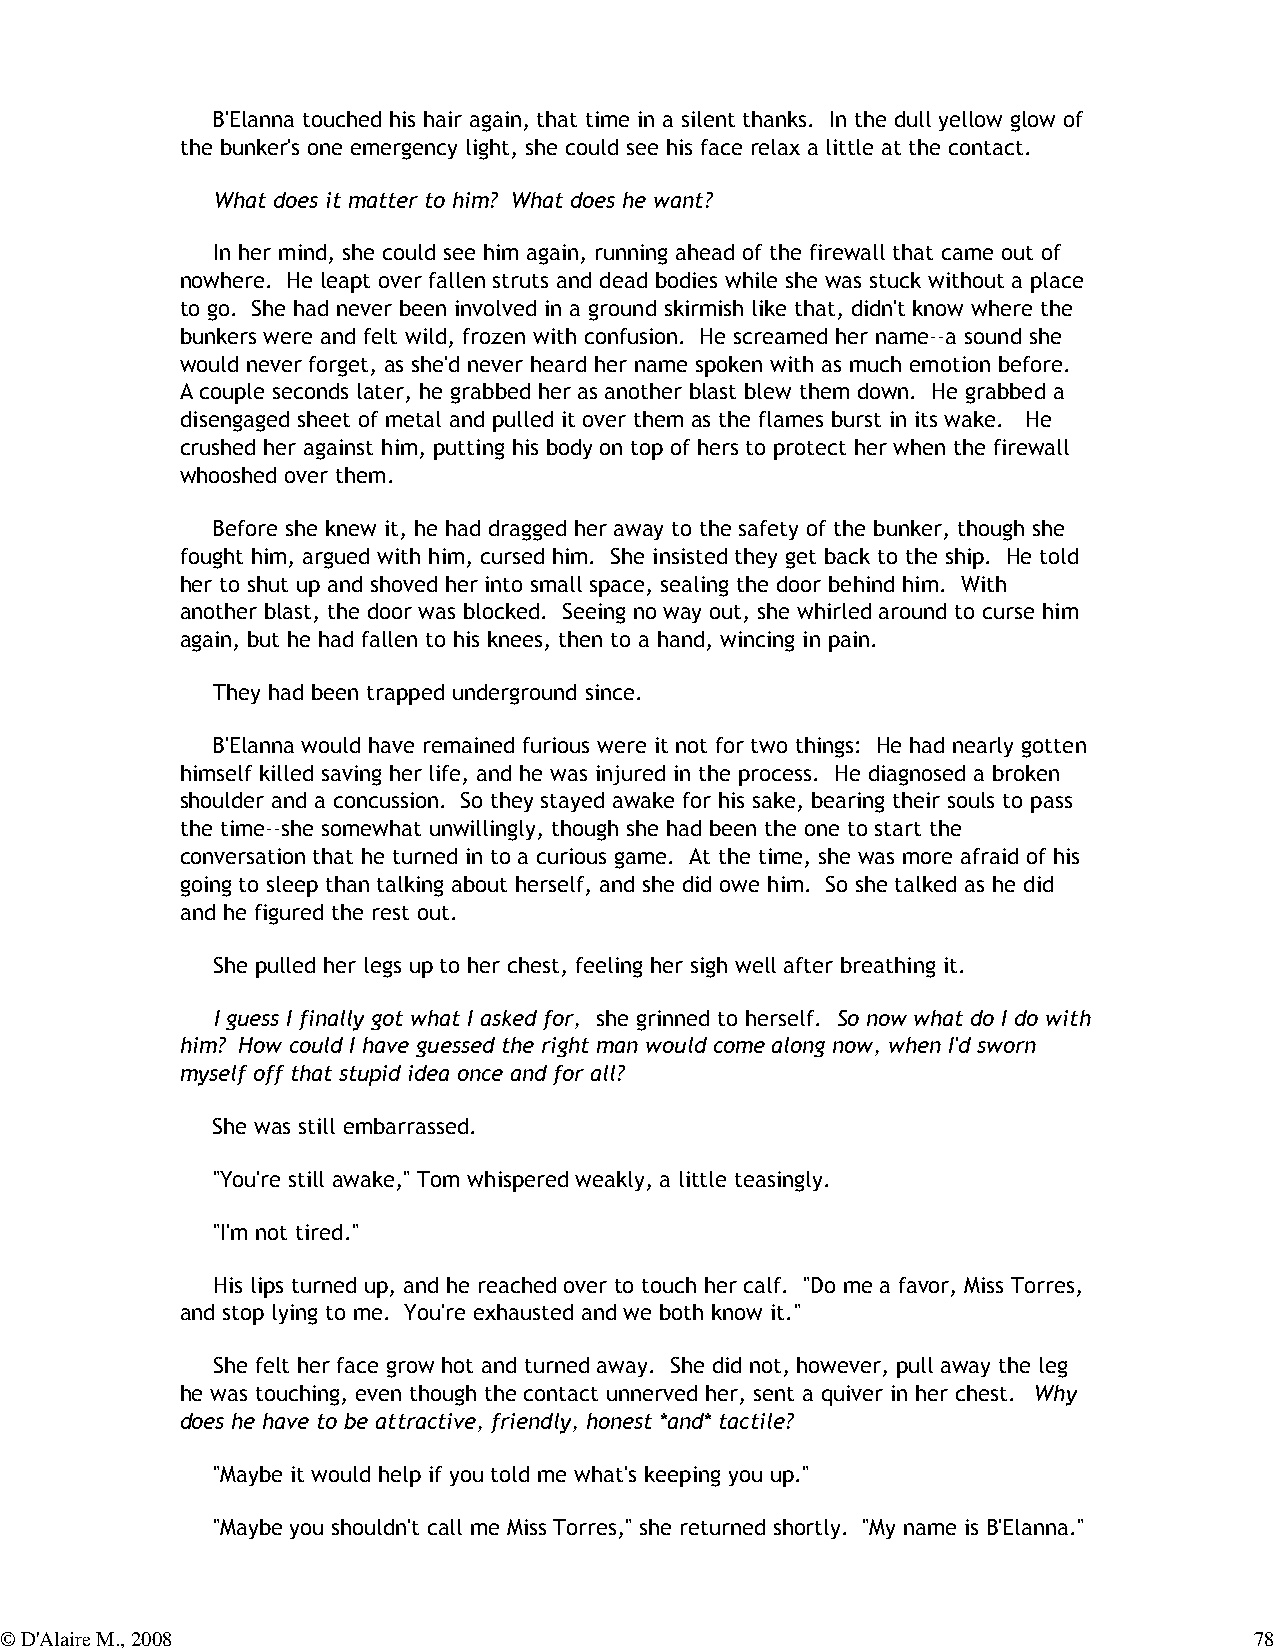
B'Elanna touched his hair again, that time in a silent thanks. In the dull yellow glow of
 the bunker's one emergency light, she could see his face relax a little at the contact.
 What does it matter to him? What does he want?
 In her mind, she could see him again, running ahead of the firewall that came out of
 nowhere. He leapt over fallen struts and dead bodies while she was stuck without a place
 to go. She had never been involved in a ground skirmish like that, didn't know where the
 bunkers were and felt wild, frozen with confusion. He screamed her name--a sound she
 would never forget, as she'd never heard her name spoken with as much emotion before.
 A couple seconds later, he grabbed her as another blast blew them down. He grabbed a
 disengaged sheet of metal and pulled it over them as the flames burst in its wake. He
 crushed her against him, putting his body on top of hers to protect her when the firewall
 whooshed over them.
 Before she knew it, he had dragged her away to the safety of the bunker, though she
 fought him, argued with him, cursed him. She insisted they get back to the ship. He told
 her to shut up and shoved her into small space, sealing the door behind him. With
 another blast, the door was blocked. Seeing no way out, she whirled around to curse him
 again, but he had fallen to his knees, then to a hand, wincing in pain.
 They had been trapped underground since.
 B'Elanna would have remained furious were it not for two things: He had nearly gotten
 himself killed saving her life, and he was injured in the process. He diagnosed a broken
 shoulder and a concussion. So they stayed awake for his sake, bearing their souls to pass
 the time--she somewhat unwillingly, though she had been the one to start the
 conversation that he turned in to a curious game. At the time, she was more afraid of his
 going to sleep than talking about herself, and she did owe him. So she talked as he did
 and he figured the rest out.
 She pulled her legs up to her chest, feeling her sigh well after breathing it.
 I guess I finally got what I asked for, she grinned to herself. So now what do I do with
 him? How could I have guessed the right man would come along now, when I'd sworn
 myself off that stupid idea once and for all?
 She was still embarrassed.
 "You're still awake," Tom whispered weakly, a little teasingly.
 "I'm not tired."
 His lips turned up, and he reached over to touch her calf. "Do me a favor, Miss Torres,
 and stop lying to me. You're exhausted and we both know it."
 She felt her face grow hot and turned away. She did not, however, pull away the leg
 he was touching, even though the contact unnerved her, sent a quiver in her chest. Why
 does he have to be attractive, friendly, honest *and* tactile?
 "Maybe it would help if you told me what's keeping you up."
 "Maybe you shouldn't call me Miss Torres," she returned shortly. "My name is B'Elanna."
 © D'Alaire M., 2008                                                                78